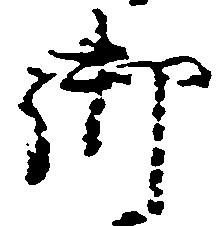
御